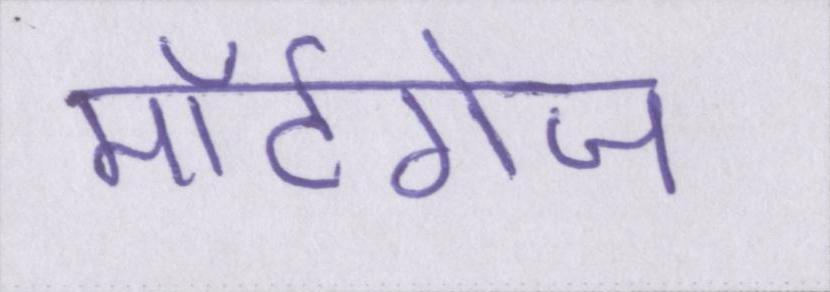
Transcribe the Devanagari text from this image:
मॉर्टगेज